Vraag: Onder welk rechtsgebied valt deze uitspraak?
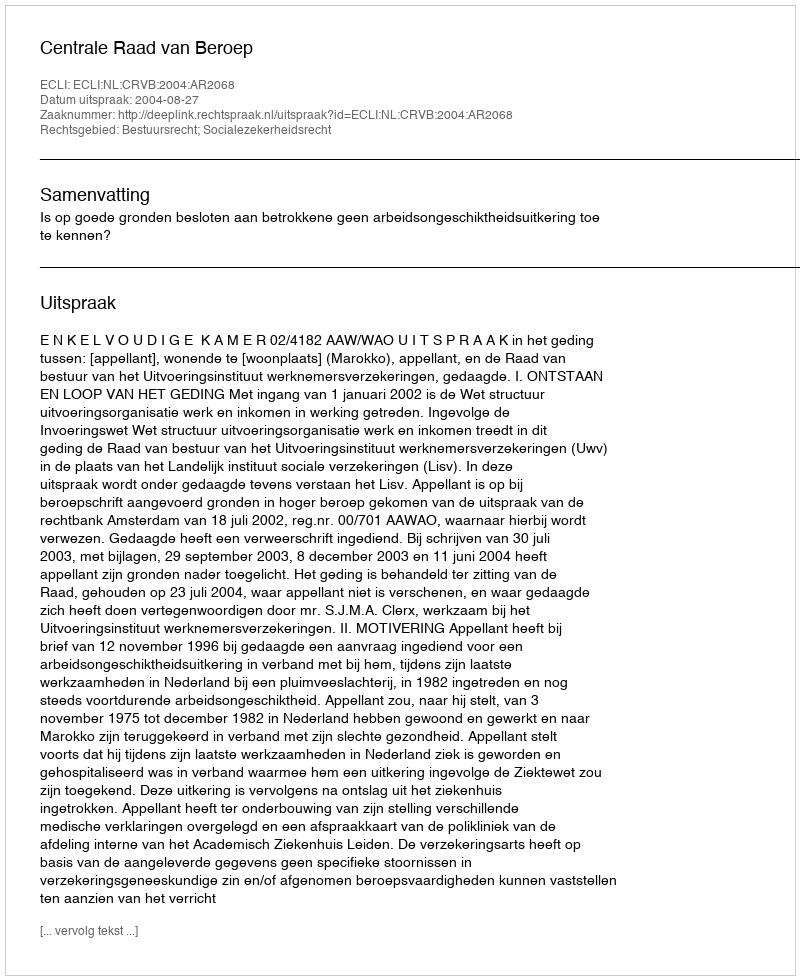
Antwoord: Bestuursrecht; Socialezekerheidsrecht